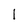
Character: 1